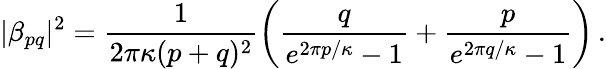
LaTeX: |\beta_{pq}|^{2}=\frac{1}{2\pi\kappa(p+q)^{2}}\left(\frac{q}{e^{2\pi p/\kappa}-1}+\frac{p}{e^{2\pi q/\kappa}-1}\right)\, .